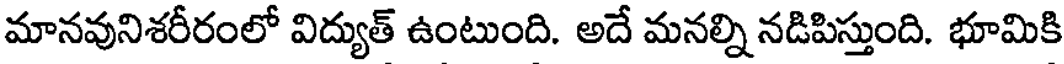
మానవునిశరీరంలో విద్యుత్ ఉంటుంది. అదే మనల్ని నడిపిస్తుంది. భూమికి